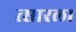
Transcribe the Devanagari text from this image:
त्सारला